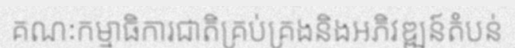
គណៈកម្មាធិការជាតិគ្រប់គ្រងនិងអភិវឌ្ឍន៍តំបន់